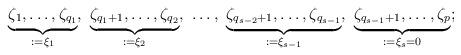
LaTeX: \begin{align*}\underbrace{\zeta_1 , \ldots , \zeta_{q_1}}_{:= \xi_1},\ \underbrace{\zeta_{q_1 +1} , \ldots , \zeta_{q_2}}_{:= \xi_2},\ \ldots,\ \underbrace{\zeta_{q_{s-2} + 1} , \ldots , \zeta_{q_{s-1}}}_{:= \xi_{s-1}},\ \underbrace{\zeta_{q_{s-1} + 1} , \ldots , \zeta_p}_{:= \xi_s = 0};\end{align*}